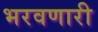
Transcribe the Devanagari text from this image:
भरवणारी